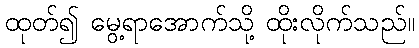
ထုတ်၍ မွေ့ရာအောက်သို့ ထိုးလိုက်သည်။